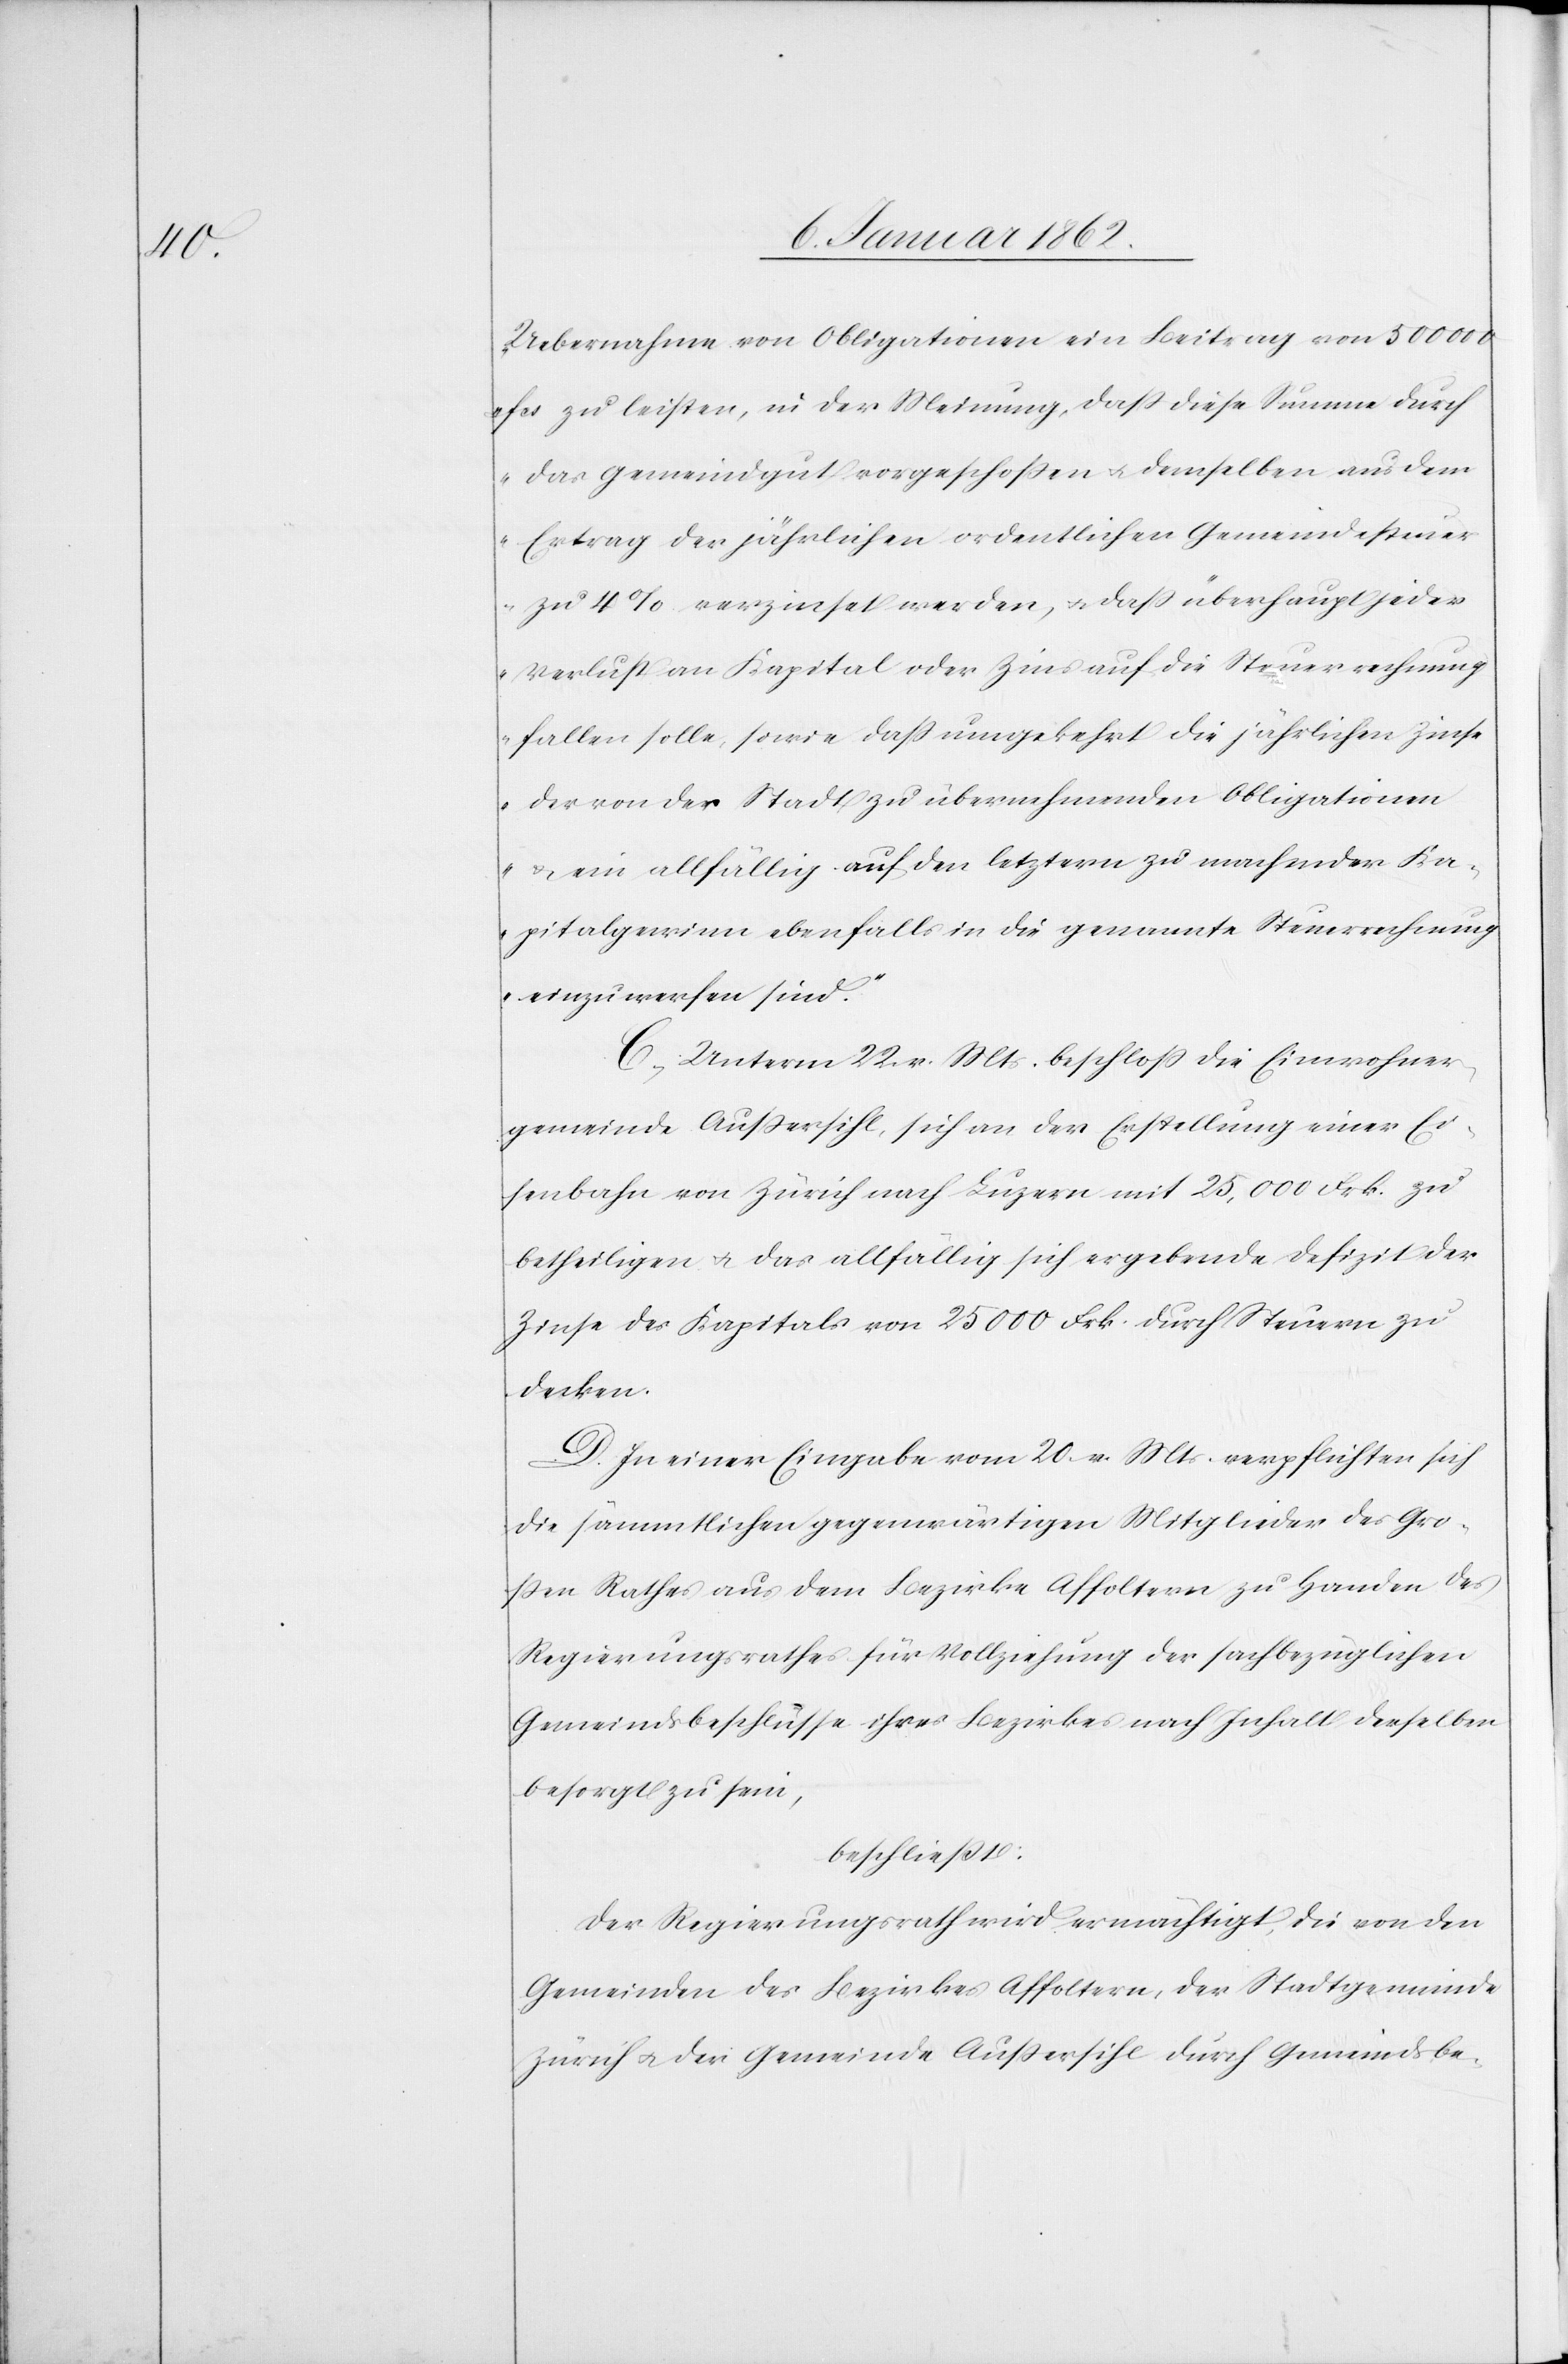
Uebernahme von Obligationen ein Beitrag von 500 000
fcs zu leisten, in der Meinung, daß diese Summe durch
das Gemeindgut vorgeschoßen u. demselben aus dem
Ertrag der jährlichen ordentlichen Gemeindesteuer
zu 4% verzinset werden, u. daß überhaupt jeder
Verlust an Kapital oder Zins auf die Steuerrechnung
fallen solle, sowie daß umgekehrt die jährlichen Zinse
der von der Stadt zu übernehmenden Obligationen
u. ein allfällig auf den letztern zu machender Ka¬
pitalgewinn ebenfalls in die genannte Steuerrechnung
einzuwerfen sind.“
C. Unterm 22. v. Mts. beschloß die Einwohner¬
gemeinde Außersihl, sich an der Erstellung einer Ei¬
senbahn von Zürich nach Luzern mit 25,000 Frk. zu
betheiligen, u. das allfällig sich ergebende Defizit der
Zinse des Kapitals von 25 000 Frk. durch Steuern zu
decken.
D. In einer Eingabe vom 20. v. Mts. verpflichten sich
die sämmtlichen gegenwärtigen Mitglieder des Gro¬
ßen Rathes aus dem Bezirke Affoltern zu Handen des
Regierungsrathes für Vollziehung der sachbezüglichen
Gemeindsbeschlüsse ihres Bezirkes nach Inhalt derselben
besorgt zu sein,
beschließt:
Der Regierungsrath wird ermächtigt, die von den
Gemeinden des Bezirkes Affoltern, der Stadtgemeinde
Zürich u. der Gemeinde Außersihl durch Gemeindsbe-